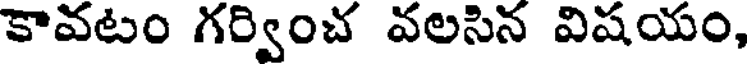
కావటం గర్వించ వలసిన విషయం,